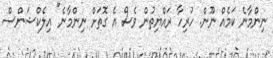
ނިންމާނެ ކަމެއް ނޫން. ހުރިހާ ރައްޔިތުން ވެސް އެ ގޮތަށް ނިންމާނެ" އިލެކްޝަންސް